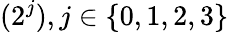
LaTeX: (2^{j}),j\in\{ 0,1,2,3\}